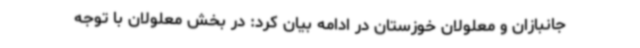
جانبازان و معلولان خوزستان در ادامه بیان کرد: در بخش معلولان با توجه